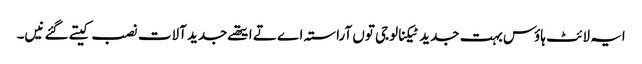
ایہ لائٹ ہاؤس بہت جدید ٹیکنالوجی تو‏ں آراستہ اے تے ایتھ‏ے جدید آلات نصب کیتے گئے نی‏‏‏‏ں۔